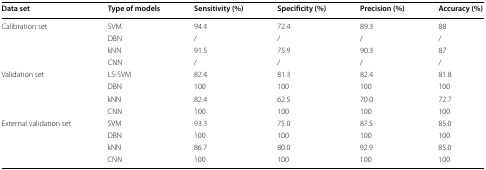
<table><thead><tr><td><b>Data set</b></td><td><b>Type of models</b></td><td><b>Sensitivity (%)</b></td><td><b>Specificity (%)</b></td><td><b>Precision (%)</b></td><td><b>Accuracy (%)</b></td></tr></thead><tbody><tr><td rowspan="4">Calibration set</td><td>SVM</td><td>94.4</td><td>72.4</td><td>89.3</td><td>88</td></tr><tr><td>DBN</td><td>/</td><td>/</td><td>/</td><td>/</td></tr><tr><td>kNN</td><td>91.5</td><td>75.9</td><td>90.3</td><td>87</td></tr><tr><td>CNN</td><td>/</td><td>/</td><td>/</td><td>/</td></tr><tr><td rowspan="4">Validation set</td><td>LS-SVM</td><td>82.4</td><td>81.3</td><td>82.4</td><td>81.8</td></tr><tr><td>DBN</td><td>100</td><td>100</td><td>100</td><td>100</td></tr><tr><td>kNN</td><td>82.4</td><td>62.5</td><td>70.0</td><td>72.7</td></tr><tr><td>CNN</td><td>100</td><td>100</td><td>100</td><td>100</td></tr><tr><td rowspan="4">External validation set</td><td>SVM</td><td>93.3</td><td>75.0</td><td>87.5</td><td>85.0</td></tr><tr><td>DBN</td><td>100</td><td>100</td><td>100</td><td>100</td></tr><tr><td>kNN</td><td>86.7</td><td>80.0</td><td>92.9</td><td>85.0</td></tr><tr><td>CNN</td><td>100</td><td>100</td><td>100</td><td>100</td></tr></tbody></table>